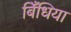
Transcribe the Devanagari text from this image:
बिँधिया